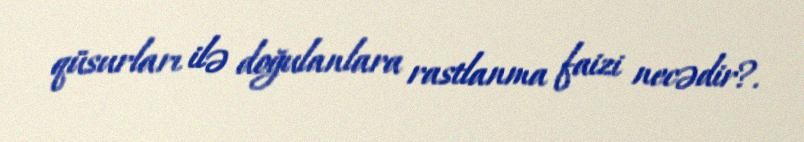
qüsurları ilə doğulanlara rastlanma faizi necədir?.